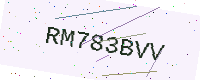
Text: RM783BVV